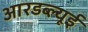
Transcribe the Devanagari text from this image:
आरडब्ल्यूई